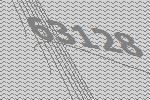
63128